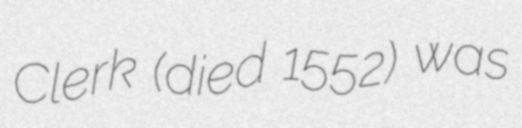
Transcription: Clerk (died 1552) was